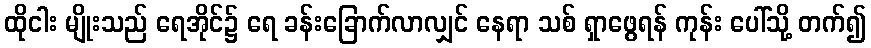
ထိုငါး မျိုးသည် ရေအိုင်၌ ရေ ခန်းခြောက်လာလျှင် နေရာ သစ် ရှာဖွေရန် ကုန်း ပေါ်သို့ တက်၍